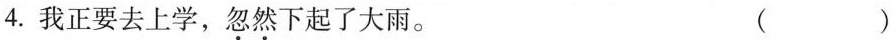
4.我正要去上学，忽然下起了大雨。 （）